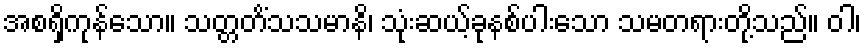
အစရှိကုန်သော။ သတ္တတိံသသမာနိ၊ သုံးဆယ့်ခုနစ်ပါးသော သမတရားတို့သည်။ ဝါ၊